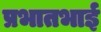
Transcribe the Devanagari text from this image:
प्रभातभाई